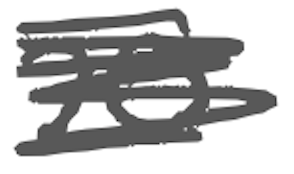
Text: 20
Cross-out: mix
Writing tool: digital_gray